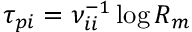
\tau _ { p i } = \nu _ { i i } ^ { - 1 } \log \ensuremath { R _ { m } }